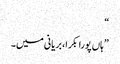
“
”ہاں پورا بکرا، بریانی میں۔